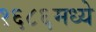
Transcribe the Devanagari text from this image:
१६८६मध्ये